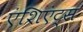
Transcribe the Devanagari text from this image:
एंशिएंट्स